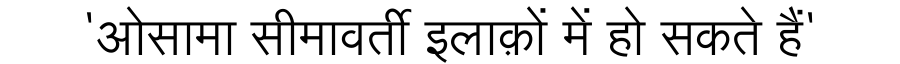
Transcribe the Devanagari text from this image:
'ओसामा सीमावर्ती इलाक़ों में हो सकते हैं'